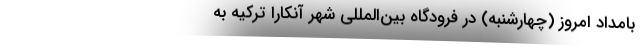
بامداد امروز (چهارشنبه) در فرودگاه بین‌المللی شهر آنکارا ترکیه به